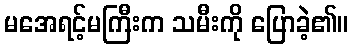
မအေရင့်မကြီးက သမီးကို ပြောခဲ့၏။